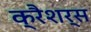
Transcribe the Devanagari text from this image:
क्रैशर्स